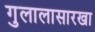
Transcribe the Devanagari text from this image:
गुलालासारखा